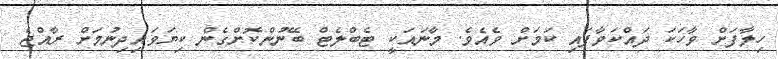
ހިލާފަށް ވާހަކަ ދައްކަވާފައި ކަމަށް ވެއެވެ. މާނައަކީ ޓެބްލެޓް ބޭނުންކޮށްގެން ކިޔަވައިދިނުމަށް ރާއްޖެ